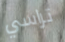
تراسي